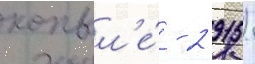
копыл'е́ - 2 915)